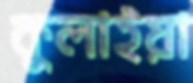
কুলাইয়া